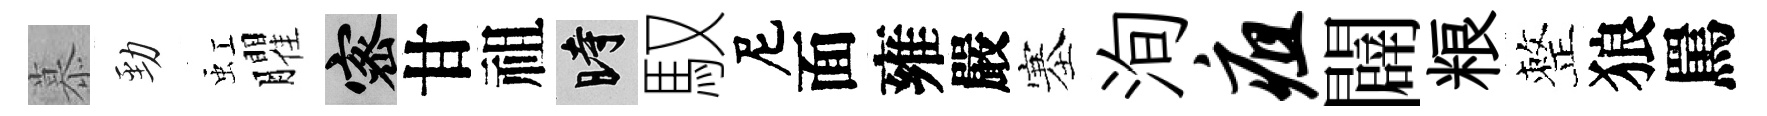
慕勁虹臞密甘祖时馭尼面雍嚴塞洵疽闢粮整狼罵